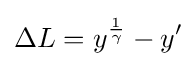
\Delta L=y^{\frac {1}{\gamma }}-y'